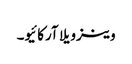
وینزویلا آرکائیو۔